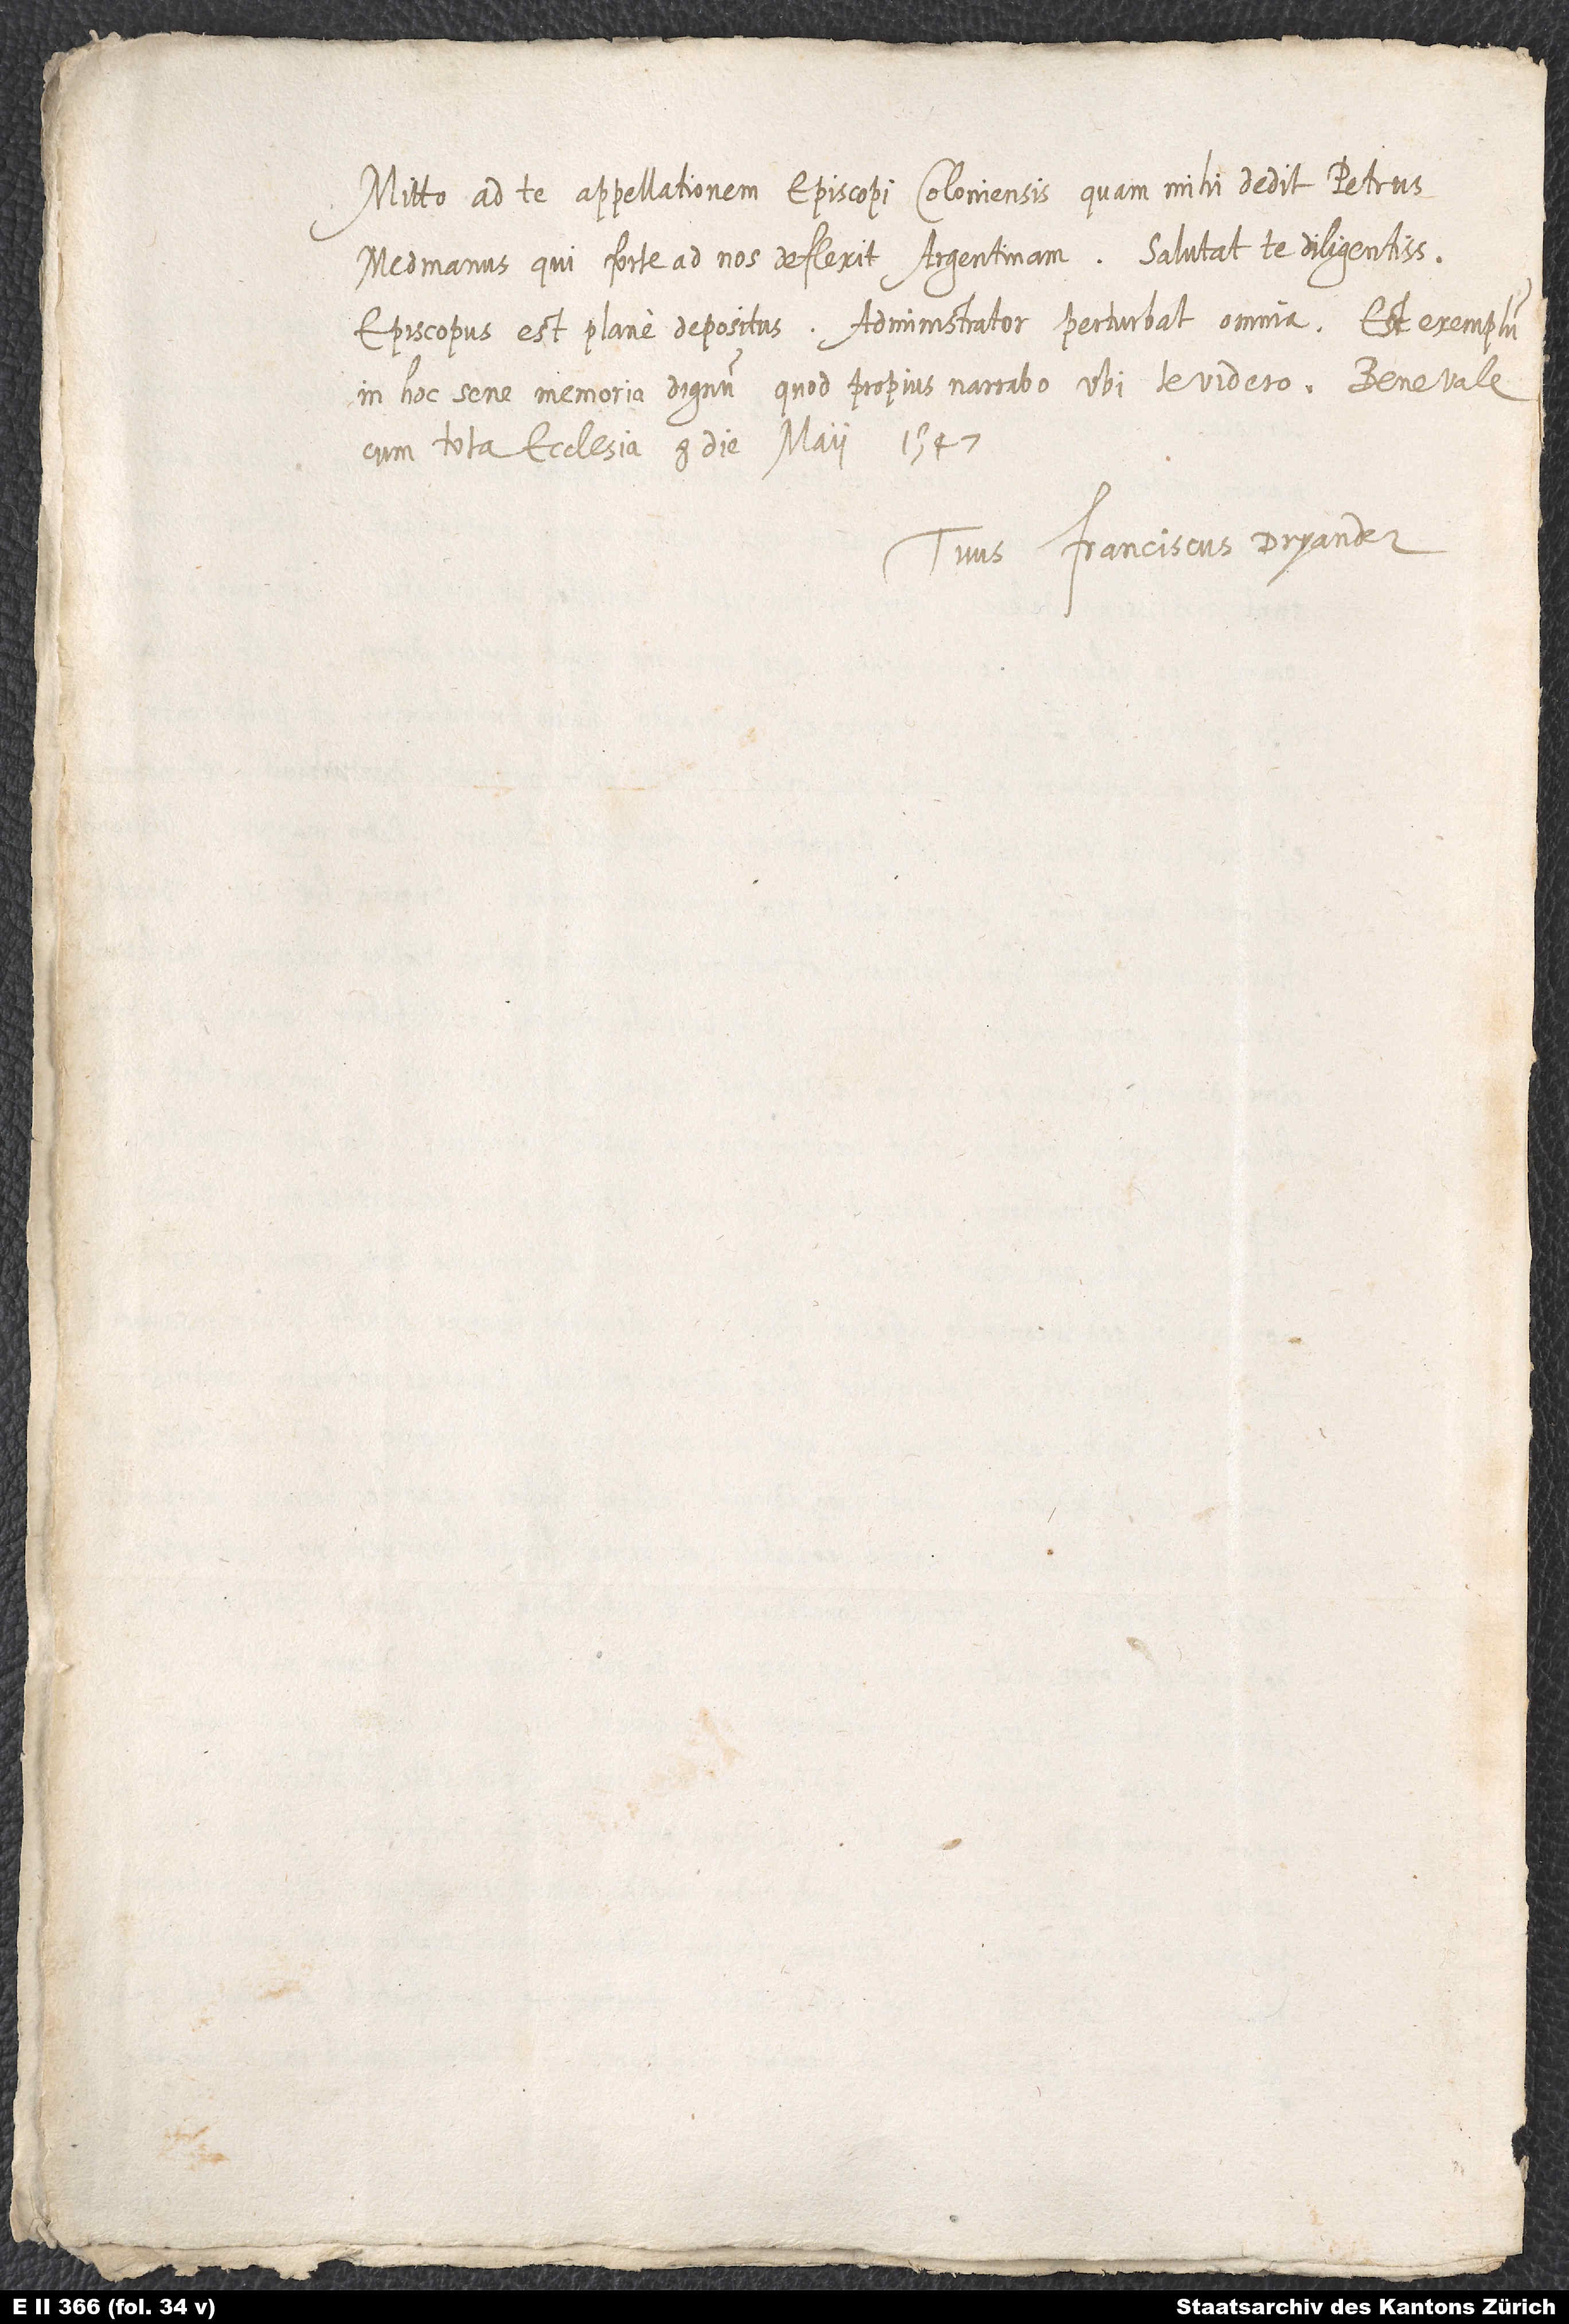
Mitto ad te appellationem episcopi Coloniensis, quam mihi dedit Petrus
Medmanus, qui forte ad nos deflexit Argentinam. Salutat te diligentissime.
Episcopus est plane depositus; administrator perturbat omnia. Est exemplum
in hoc sene memoria dignum, quod propius narrabo, ubi te videro. Bene vale
cum tota ecclesia. 8. die maii 1547.
Tuus Franciscus Dryander.